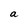
Character: a